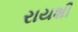
રાયશી